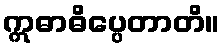
ဣဓာဓိပ္ပေတာတိ။